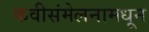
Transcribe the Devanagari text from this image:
कवीसंमेलनामधून